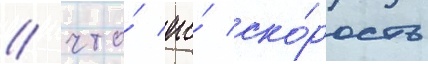
/ что́ его́ ско́рость